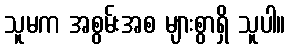
သူမက အစွမ်းအစ များစွာရှိ သူပါ။